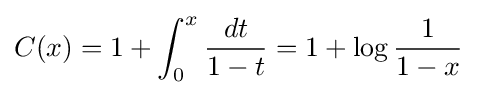
C(x)=1+\int _{0}^{x}{\frac {dt}{1-t}}=1+\log {\frac {1}{1-x}}